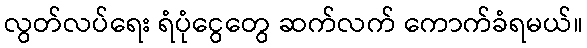
လွတ်လပ်ရေး ရံပုံငွေတွေ ဆက်လက် ကောက်ခံရမယ်။